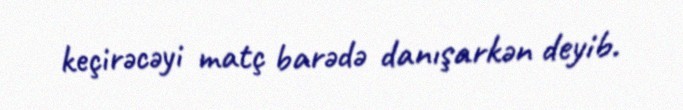
keçirəcəyi matç barədə danışarkən deyib.